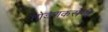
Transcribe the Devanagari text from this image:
तोडणकरांनी